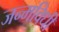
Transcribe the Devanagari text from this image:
जन्मविधी